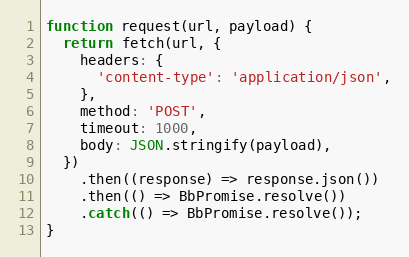
Language: JavaScript
function request(url, payload) {
  return fetch(url, {
    headers: {
      'content-type': 'application/json',
    },
    method: 'POST',
    timeout: 1000,
    body: JSON.stringify(payload),
  })
    .then((response) => response.json())
    .then(() => BbPromise.resolve())
    .catch(() => BbPromise.resolve());
}